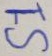
Text: S1